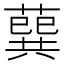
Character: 𦺈